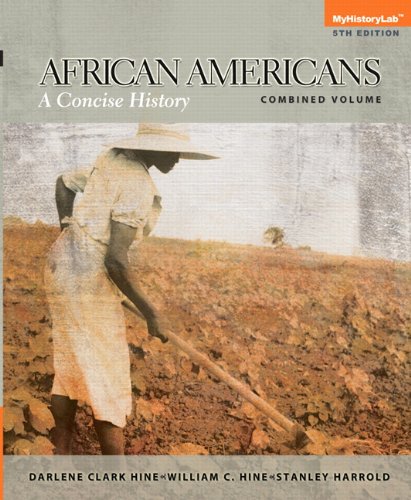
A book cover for African Americans: A Concise History, Combined Volume (5th Edition); Darlene Clark Hine; History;